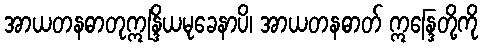
အာယတနဓာတုဣန္ဒြိယမုခေနာပိ၊ အာယတနဓာတ် ဣန္ဒြေတို့ကို